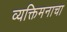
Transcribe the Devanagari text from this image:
व्यक्तिमनाचा